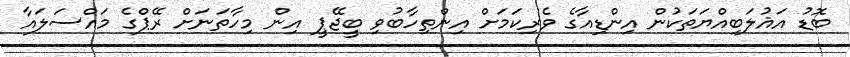
ބޮޑު އަޣުލަބިއްޔަތަކުން އިންޑިއާގެ ވެރިކަމަށް އިންތިހާބުވި ބީޖޭޕީ އިން މިހާތަނަށް ރޭޕްގެ މައްސަލައާ